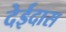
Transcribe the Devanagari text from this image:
देईदास